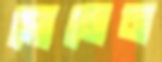
সোমেন